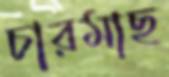
চারমাছ